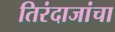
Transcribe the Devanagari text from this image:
तिरंदाजांचा